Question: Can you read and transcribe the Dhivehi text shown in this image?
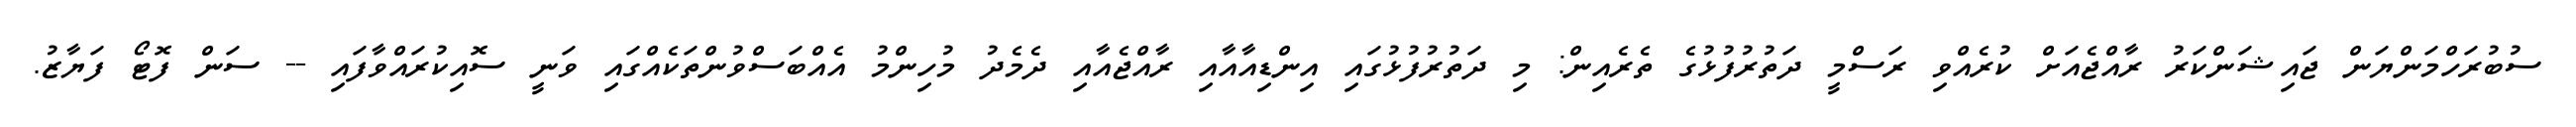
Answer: ސުބުރަހްމަންޔަން ޖައިޝަންކަރު ރާއްޖެއަށް ކުރެއްވި ރަސްމީ ދަތުރުފުޅުގެ ތެރެއިން: މި ދަތުރުފުޅުގައި އިންޑިއާއާއި ރާއްޖެއާއި ދެމެދު މުހިންމު އެއްބަސްވުންތަކެއްގައި ވަނީ ސޮއިކުރައްވާފައި -- ސަން ފޮޓޯ ފަޔާޒު.